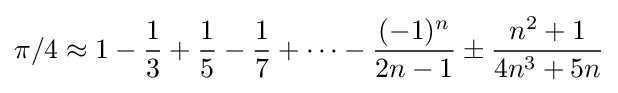
\pi /4\approx 1-{\frac {1}{3}}+{\frac {1}{5}}-{\frac {1}{7}}+\cdots -{\frac {(-1)^{n}}{2n-1}}\pm {\frac {n^{2}+1}{4n^{3}+5n}}